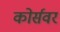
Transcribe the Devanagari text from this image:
कोर्सवर